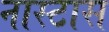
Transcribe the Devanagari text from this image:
नास्टास